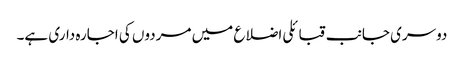
دوسری جانب قبائلی اضلاع میں مردوں کی اجارہ داری ہے۔